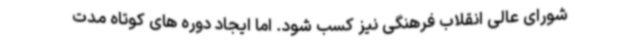
شورای عالی انقلاب فرهنگی نیز کسب شود. اما ایجاد دوره های کوتاه مدت